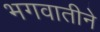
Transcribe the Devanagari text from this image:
भगवातीने